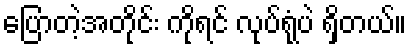
ပြောတဲ့အတိုင်း ကိုရင် လုပ်ရုံပဲ ရှိတယ်။